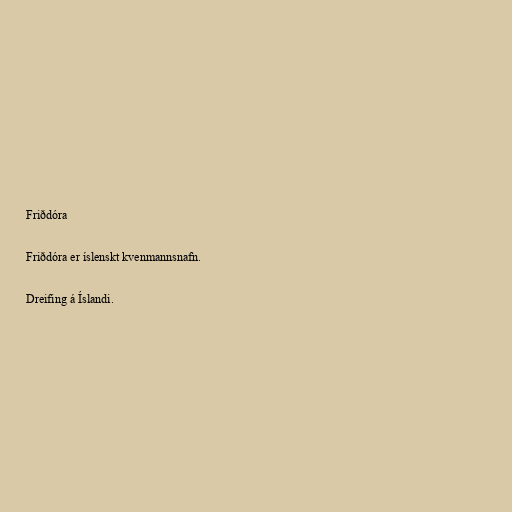
Friðdóra

Friðdóra er íslenskt kvenmannsnafn.

Dreifing á Íslandi.